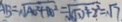
A B = \sqrt { A O ^ { 2 } + B O ^ { 2 } } = \sqrt { ( \sqrt { 3 } ) ^ { 2 } + 2 ^ { 2 } } = \sqrt { 7 }